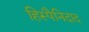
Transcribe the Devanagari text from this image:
हिस्पैनिदाद